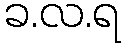
ခ.လ.ရ